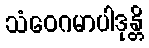
သံဝေဂမာပါဒုန္တိ